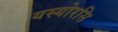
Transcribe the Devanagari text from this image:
यस्योरसि